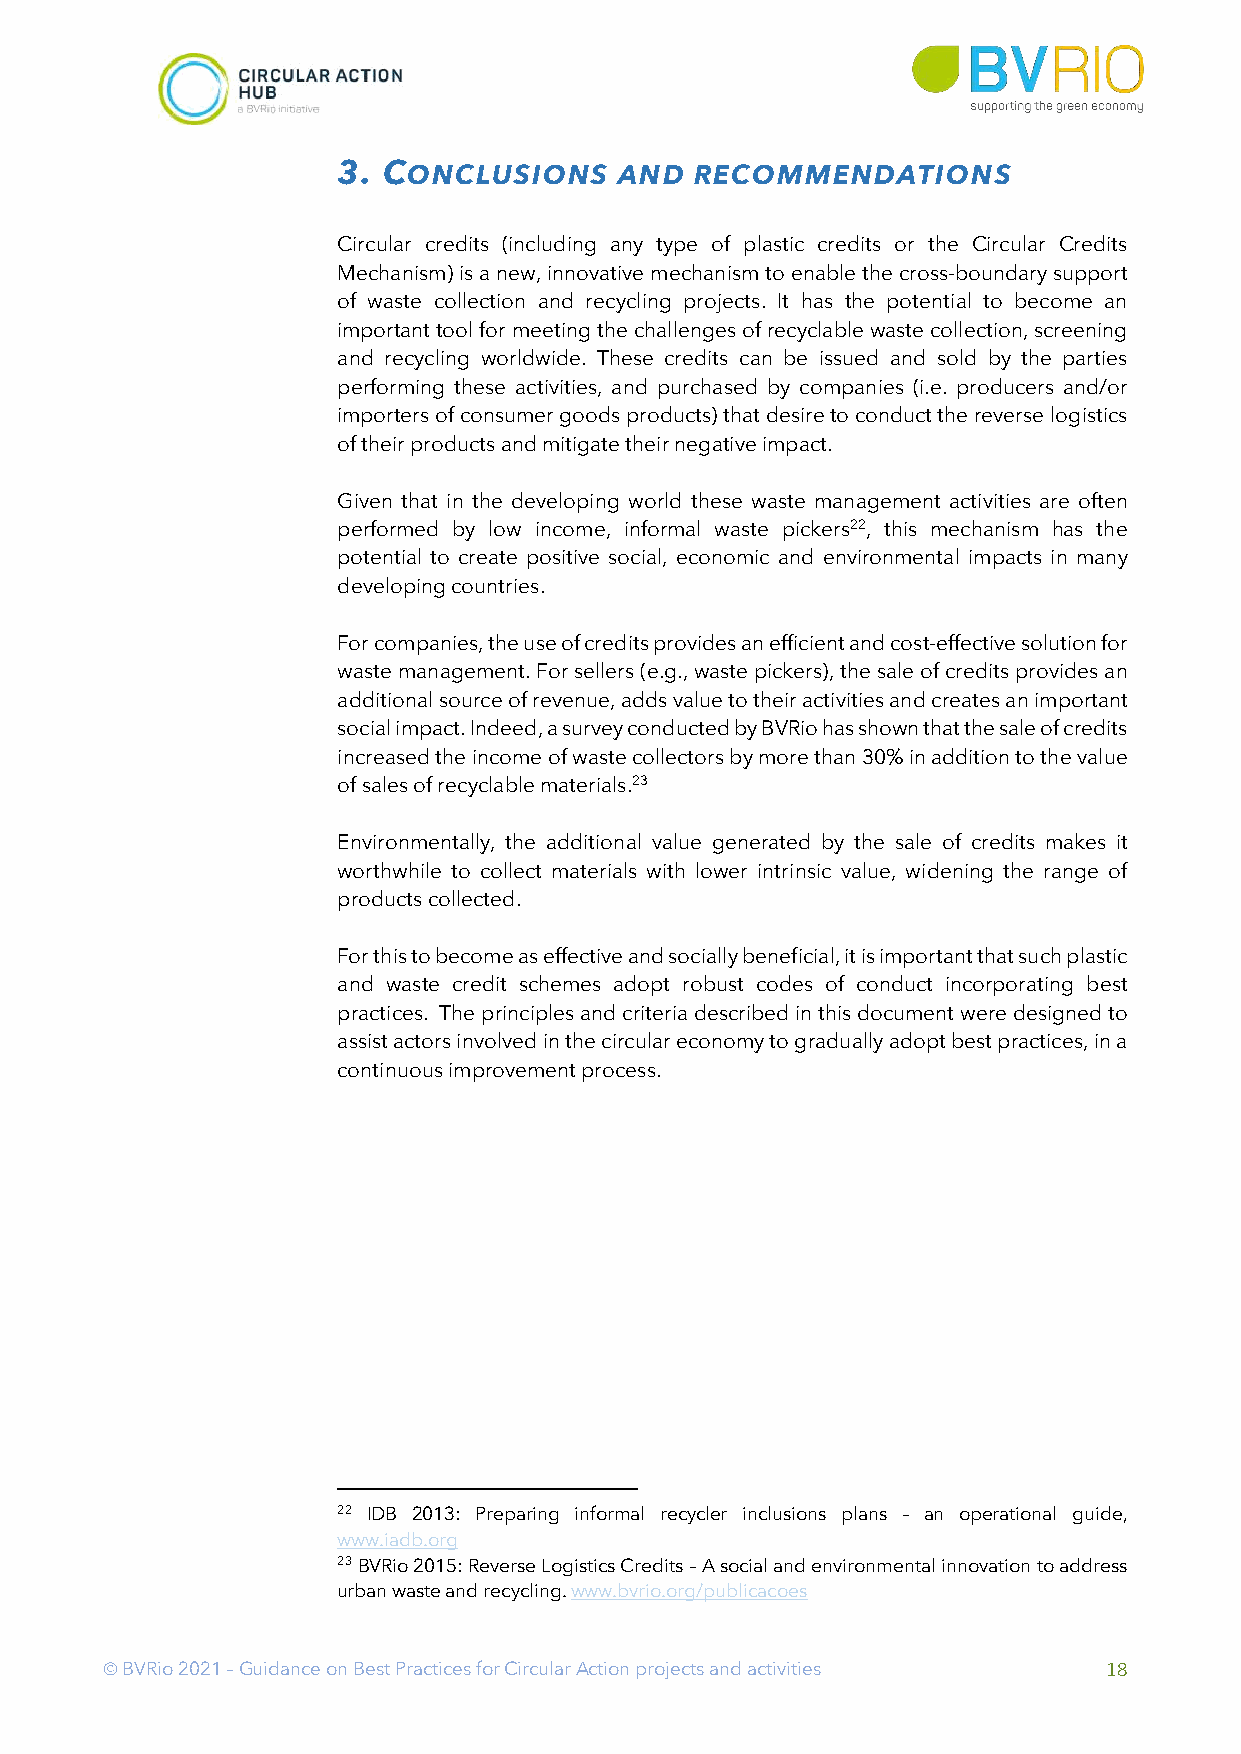
3. CONCLUSIONS     AND  RECOMMENDATIONS
 Circular credits (including any type of plastic credits or the Circular Credits
 Mechanism) is a new, innovative mechanism to enable the cross-boundary support
 of waste collection and recycling projects. It has the potential to become an
 important tool for meeting the challenges of recyclable waste collection, screening
 and recycling worldwide. These credits can be issued and sold by the parties
 performing these activities, and purchased by companies (i.e. producers and/or
 importers of consumer goods products) that desire to conduct the reverse logistics
 of their products and mitigate their negative impact.
 Given that in the developing world these waste management activities are often
 performed by low income, informal waste pickers22, this mechanism has the
 potential to create positive social, economic and environmental impacts in many
 developing countries.
 For companies, the use of credits provides an efficient and cost-effective solution for
 waste management. For sellers (e.g., waste pickers), the sale of credits provides an
 additional source of revenue, adds value to their activities and creates an important
 social impact. Indeed, a survey conducted by BVRio has shown that the sale of credits
 increased the income of waste collectors by more than 30% in addition to the value
 of sales of recyclable materials.23
 Environmentally, the additional value generated by the sale of credits makes it
 worthwhile to collect materials with lower intrinsic value, widening the range of
 products collected.
 For this to become as effective and socially beneficial, it is important that such plastic
 and waste credit schemes adopt robust codes of conduct incorporating best
 practices. The principles and criteria described in this document were designed to
 assist actors involved in the circular economy to gradually adopt best practices, in a
 continuous improvement process.
 22 IDB 2013: Preparing informal recycler inclusions plans – an operational guide,
 www.iadb.org
 23 BVRio 2015: Reverse Logistics Credits – A social and environmental innovation to address
 urban waste and recycling. www.bvrio.org/publicacoes
 Ó BVRio 2021 – Guidance on Best Practices for Circular Action projects and activities 18